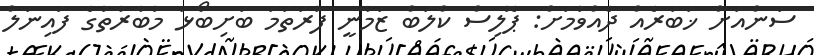
ސަންއަށް ޚަބަރެއް ދެއްވުމަށް: ޕޮލިސް ކްލަބް ޒަމާނީ ފުރަތަމަ ބަށިބޯޅަ މުބާރާތުގެ ފައިނަލް